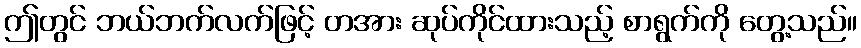
ဤတွင် ဘယ်ဘက်လက်ဖြင့် တအား ဆုပ်ကိုင်ထားသည့် စာရွက်ကို တွေ့သည်။